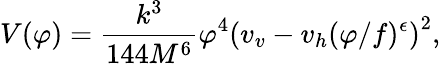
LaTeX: V(\varphi)=\frac{k^{3}}{144M^{6}}\varphi^{4}\left(v_{v}-v_{h}(\varphi/f)^{\epsilon}\right)^{2},